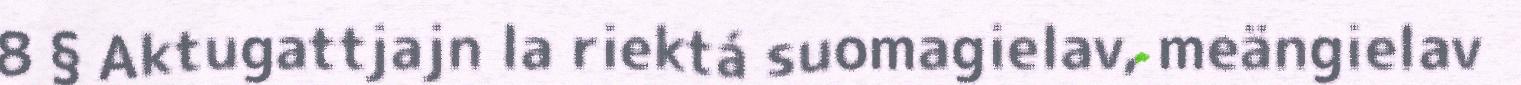
8 § Aktugattjajn la riektá suomagielav, meängielav